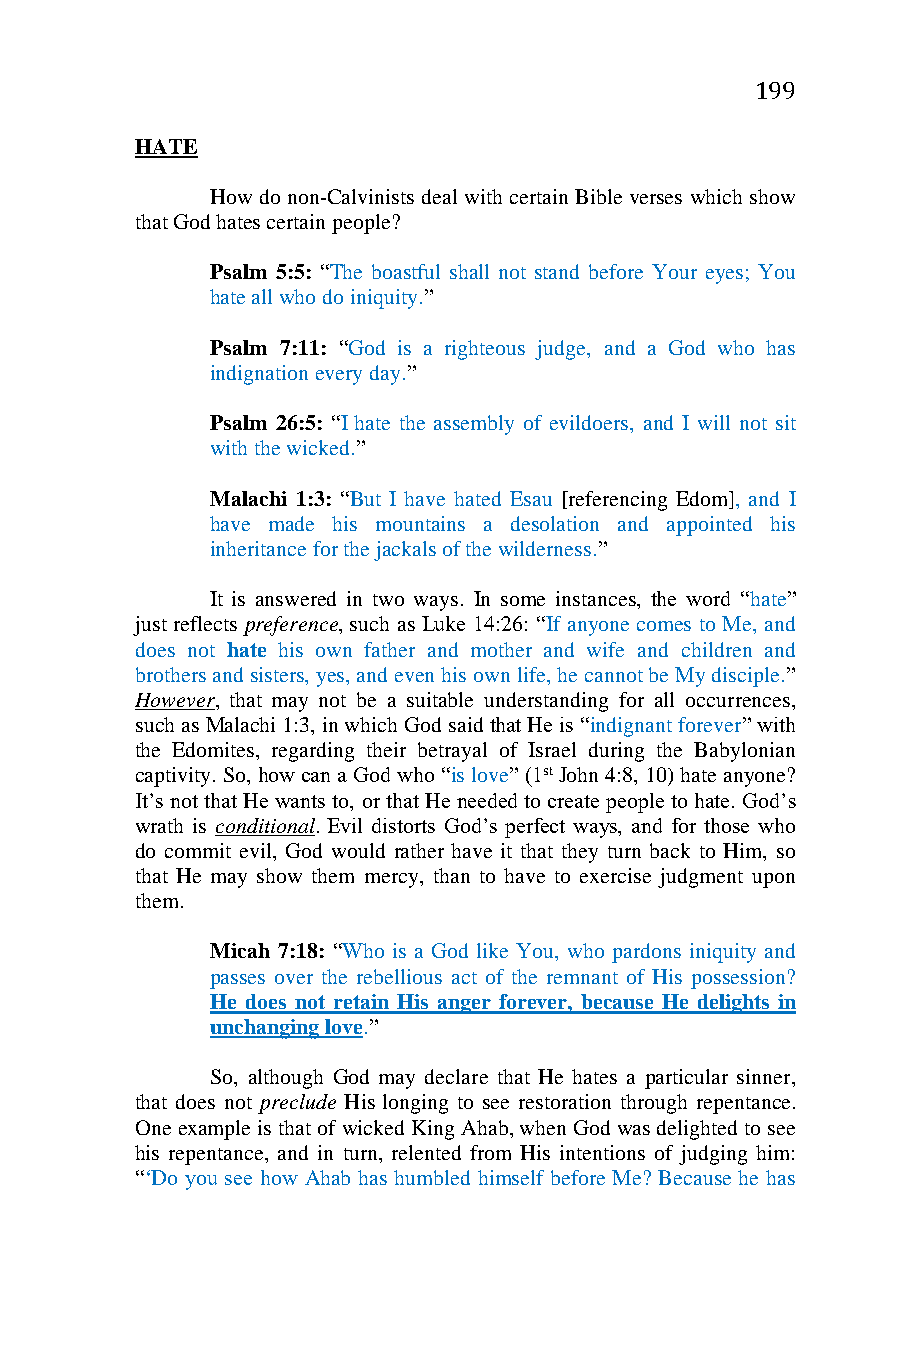
199
 HATE
 How do non-Calvinists deal with certain Bible verses which show
 that God hates certain people?
 Psalm 5:5: “The boastful shall not stand before Your eyes; You
 hate all who do iniquity.”
 Psalm 7:11: “God is a righteous judge, and a God who has
 indignation every day.”
 Psalm 26:5: “I hate the assembly of evildoers, and I will not sit
 with the wicked.”
 Malachi 1:3: “But I have hated Esau [referencing Edom], and I
 have made his mountains a desolation and appointed his
 inheritance for the jackals of the wilderness.”
 It is answered in two ways. In some instances, the word “hate”
 just reflects preference, such as Luke 14:26: “If anyone comes to Me, and
 does not hate his own father and mother and wife and children and
 brothers and sisters, yes, and even his own life, he cannot be My disciple.”
 However, that may not be a suitable understanding for all occurrences,
 such as Malachi 1:3, in which God said that He is “indignant forever” with
 the Edomites, regarding their betrayal of Israel during the Babylonian
 captivity. So, how can a God who “is love” (1st John 4:8, 10) hate anyone?
 It’s not that He wants to, or that He needed to create people to hate. God’s
 wrath is conditional. Evil distorts God’s perfect ways, and for those who
 do commit evil, God would rather have it that they turn back to Him, so
 that He may show them mercy, than to have to exercise judgment upon
 them.
 Micah 7:18: “Who is a God like You, who pardons iniquity and
 passes over the rebellious act of the remnant of His possession?
 He does not retain His anger forever, because He delights in
 unchanging love.”
 So, although God may declare that He hates a particular sinner,
 that does not preclude His longing to see restoration through repentance.
 One example is that of wicked King Ahab, when God was delighted to see
 his repentance, and in turn, relented from His intentions of judging him:
 “‘Do you see how Ahab has humbled himself before Me? Because he has